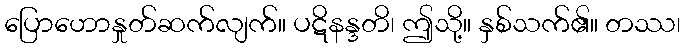
ပြောဟောနှုတ်ဆက်လျက်။ ပဋိနန္ဒတိ၊ ဤသို့။ နှစ်သက်၏။ တဿ၊